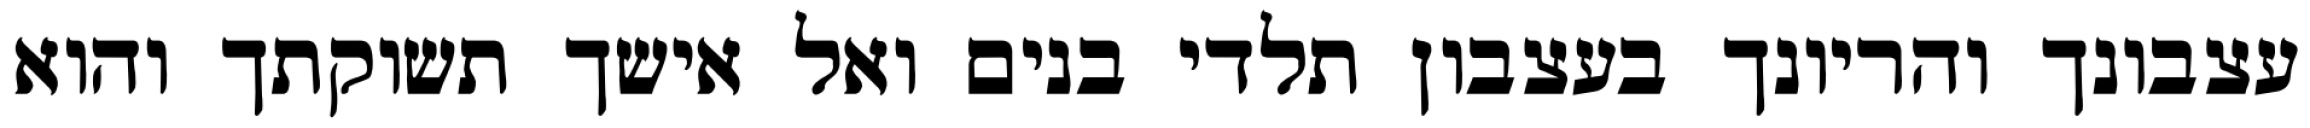
עצבונך והריונך בעצבון תלדי בנים ואל אישך תשוקתך והוא